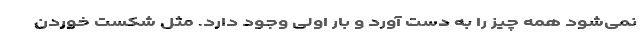
نمی‌شود همه چیز را به دست آورد و بار اولی وجود دارد. مثل شکست خوردن